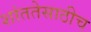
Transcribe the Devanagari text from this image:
शांततेसाठीच